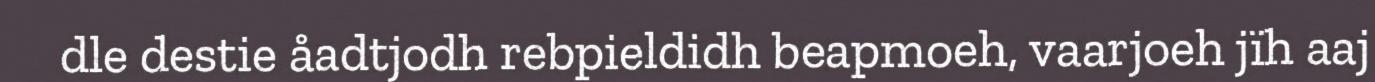
dle destie åadtjodh rebpieldidh beapmoeh, vaarjoeh jïh aaj